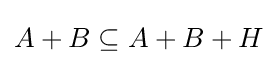
A+B\subseteq A+B+H